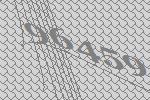
96459